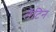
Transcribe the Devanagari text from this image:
लेंटिन